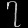
Digit: ၇